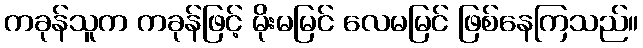
ကခုန်သူက ကခုန်ဖြင့် မိုးမမြင် လေမမြင် ဖြစ်နေကြသည်။